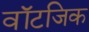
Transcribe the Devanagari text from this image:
वॉटजिक